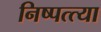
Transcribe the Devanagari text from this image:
निष्पत्त्या